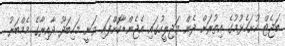
ބަޖެޓް ހުށަހެޅުމުގެ އިތުރަށް ދެން މަޖިލީހުގައި އެޖެންޑާކޮށްފައި ވަނީ މަހިބަދޫ ދާއިރާގެ މެމްބަރު